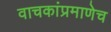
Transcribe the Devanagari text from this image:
वाचकांप्रमाणेच